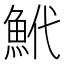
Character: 鮘